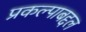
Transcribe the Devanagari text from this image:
प्रकल्पाबद्दल